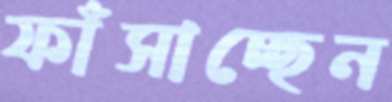
ফাঁসাচ্ছেন